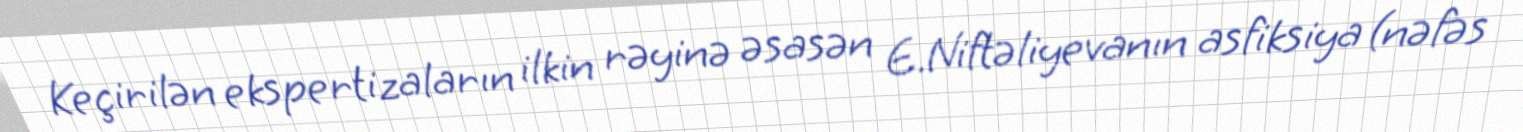
Keçirilən ekspertizaların ilkin rəyinə əsasən E.Niftəliyevanın asfiksiya (nəfəs